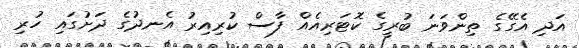
އަދި އެގޭގެ ތިންވަނަ ބުރީގެ ކޮޓަރިއެއް ފާސް ކުރިއިރު އެނދުގެ ދަށުގައި ހުރި